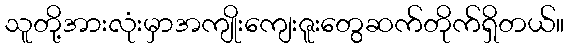
သူတို့အားလုံးမှာအကျိုးကျေးဇူးတွေဆက်တိုက်ရှိတယ်။